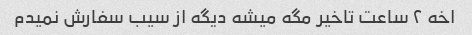
اخه ۲ ساعت تاخیر مگه میشه دیگه از سیب سفارش نمیدم